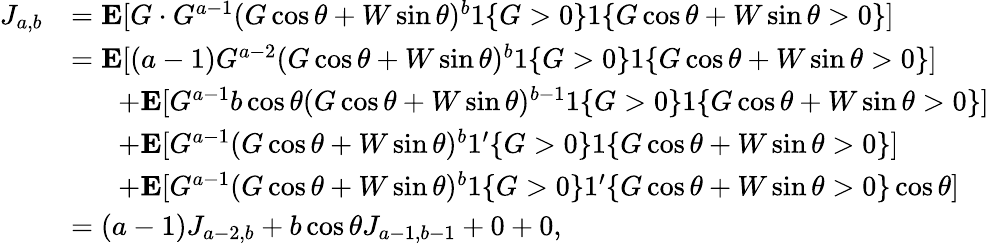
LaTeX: \begin{array}{rl}{J_{a,b}}&{=\mathbf{E}[G\cdot G^{a-1}(G\cos\theta+W\sin\theta)^{b}1\{ G>0\} 1\{ G\cos\theta+W\sin\theta>0\} ]}\\ &{=\mathbf{E}[(a-1)G^{a-2}(G\cos\theta+W\sin\theta)^{b}1\{ G>0\} 1\{ G\cos\theta+W\sin\theta>0\} ]}\\ &{\; \; \; \; \; \; +\mathbf{E}[G^{a-1}b\cos\theta(G\cos\theta+W\sin\theta)^{b-1}1\{ G>0\} 1\{ G\cos\theta+W\sin\theta>0\} ]}\\ &{\; \; \; \; \; \; +\mathbf{E}[G^{a-1}(G\cos\theta+W\sin\theta)^{b}1^{\prime}\{ G>0\} 1\{ G\cos\theta+W\sin\theta>0\} ]}\\ &{\; \; \; \; \; \; +\mathbf{E}[G^{a-1}(G\cos\theta+W\sin\theta)^{b}1\{ G>0\} 1^{\prime}\{ G\cos\theta+W\sin\theta>0\} \cos\theta]}\\ &{=(a-1)J_{a-2,b}+b\cos\theta J_{a-1,b-1}+0+0,}\end{array}